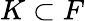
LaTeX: K\subset F